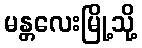
မန္တလေးမြို့သို့